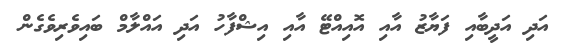
އަދި އަދީބާއި ފަޔާޒު އާއި އޮއިއްޓޭ އާއި އިޝްފާހު އަދި އައްލާމް ބައިވެރިވެގެން